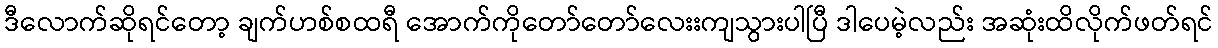
ဒီလောက်ဆိုရင်တော့ ချက်ဟစ်စထရီ အောက်ကိုတော်တော်လေးးကျသွားပါပြီ ဒါပေမဲ့လည်း အဆုံးထိလိုက်ဖတ်ရင်